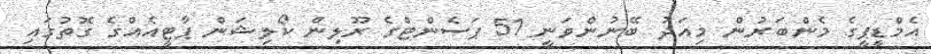
އެމްޑީޕީގެ މެންބަރުން މިއަދު ބޭނުންވަނީ 51 ޕަސެންޓްގެ ރޫލިން ކޯލިޝަން ޕާޓީއެއްގެ ގޮތުގައި